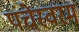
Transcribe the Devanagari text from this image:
पंचेस्वरम